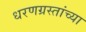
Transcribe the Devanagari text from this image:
धरणग्रस्तांच्या